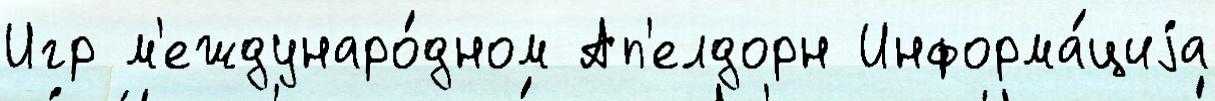
Игр м'еждунаро́дном Ап'елдорн Информа́циjа